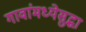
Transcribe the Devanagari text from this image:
गावांमध्येसुद्धा